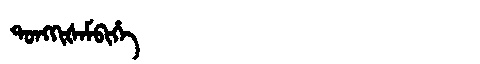
Manchu: ᡨᠣᠩᡴᡳᡧᠠᠮᠪᡳᡥᡝ
Romanization: TONGKIŠAMBIHE